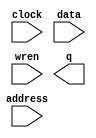
// This program was cloned from: https://github.com/ISKU/Autonomous-Drone-Design
// License: GNU General Public License v3.0

// megafunction wizard: %RAM: 1-PORT%VBB%
// GENERATION: STANDARD
// VERSION: WM1.0
// MODULE: altsyncram 

// ============================================================
// Megafunction Name(s):
// 			altsyncram
//
// Simulation Library Files(s):
// 			altera_mf
// ============================================================
// ************************************************************
// THIS IS A WIZARD-GENERATED FILE. DO NOT EDIT THIS FILE!
//
// 13.1.0 Build 162 10/23/2013 SJ Web Edition
// ************************************************************

//Copyright (C) 1991-2013 Altera Corporation
//Your use of Altera Corporation's design tools, logic functions 
//and other software and tools, and its AMPP partner logic 
//functions, and any output files from any of the foregoing 
//(including device programming or simulation files), and any 
//associated documentation or information are expressly subject 
//to the terms and conditions of the Altera Program License 
//Subscription Agreement, Altera MegaCore Function License 
//Agreement, or other applicable license agreement, including, 
//without limitation, that your use is for the sole purpose of 
//programming logic devices manufactured by Altera and sold by 
//Altera or its authorized distributors.  Please refer to the 
//applicable agreement for further details.

module ScoreMem (
	address,
	clock,
	data,
	wren,
	q);

	input	[14:0]  address;
	input	  clock;
	input	[7:0]  data;
	input	  wren;
	output	[7:0]  q;
`ifndef ALTERA_RESERVED_QIS
// synopsys translate_off
`endif
	tri1	  clock;
`ifndef ALTERA_RESERVED_QIS
// synopsys translate_on
`endif

endmodule

// ============================================================
// CNX file retrieval info
// ============================================================
// Retrieval info: PRIVATE: ADDRESSSTALL_A NUMERIC "0"
// Retrieval info: PRIVATE: AclrAddr NUMERIC "0"
// Retrieval info: PRIVATE: AclrByte NUMERIC "0"
// Retrieval info: PRIVATE: AclrData NUMERIC "0"
// Retrieval info: PRIVATE: AclrOutput NUMERIC "0"
// Retrieval info: PRIVATE: BYTE_ENABLE NUMERIC "0"
// Retrieval info: PRIVATE: BYTE_SIZE NUMERIC "8"
// Retrieval info: PRIVATE: BlankMemory NUMERIC "1"
// Retrieval info: PRIVATE: CLOCK_ENABLE_INPUT_A NUMERIC "0"
// Retrieval info: PRIVATE: CLOCK_ENABLE_OUTPUT_A NUMERIC "0"
// Retrieval info: PRIVATE: Clken NUMERIC "0"
// Retrieval info: PRIVATE: DataBusSeparated NUMERIC "1"
// Retrieval info: PRIVATE: IMPLEMENT_IN_LES NUMERIC "0"
// Retrieval info: PRIVATE: INIT_FILE_LAYOUT STRING "PORT_A"
// Retrieval info: PRIVATE: INIT_TO_SIM_X NUMERIC "0"
// Retrieval info: PRIVATE: INTENDED_DEVICE_FAMILY STRING "Cyclone IV E"
// Retrieval info: PRIVATE: JTAG_ENABLED NUMERIC "0"
// Retrieval info: PRIVATE: JTAG_ID STRING "NONE"
// Retrieval info: PRIVATE: MAXIMUM_DEPTH NUMERIC "0"
// Retrieval info: PRIVATE: MIFfilename STRING ""
// Retrieval info: PRIVATE: NUMWORDS_A NUMERIC "21600"
// Retrieval info: PRIVATE: RAM_BLOCK_TYPE NUMERIC "0"
// Retrieval info: PRIVATE: READ_DURING_WRITE_MODE_PORT_A NUMERIC "3"
// Retrieval info: PRIVATE: RegAddr NUMERIC "1"
// Retrieval info: PRIVATE: RegData NUMERIC "1"
// Retrieval info: PRIVATE: RegOutput NUMERIC "1"
// Retrieval info: PRIVATE: SYNTH_WRAPPER_GEN_POSTFIX STRING "0"
// Retrieval info: PRIVATE: SingleClock NUMERIC "1"
// Retrieval info: PRIVATE: UseDQRAM NUMERIC "1"
// Retrieval info: PRIVATE: WRCONTROL_ACLR_A NUMERIC "0"
// Retrieval info: PRIVATE: WidthAddr NUMERIC "15"
// Retrieval info: PRIVATE: WidthData NUMERIC "8"
// Retrieval info: PRIVATE: rden NUMERIC "0"
// Retrieval info: LIBRARY: altera_mf altera_mf.altera_mf_components.all
// Retrieval info: CONSTANT: CLOCK_ENABLE_INPUT_A STRING "BYPASS"
// Retrieval info: CONSTANT: CLOCK_ENABLE_OUTPUT_A STRING "BYPASS"
// Retrieval info: CONSTANT: INTENDED_DEVICE_FAMILY STRING "Cyclone IV E"
// Retrieval info: CONSTANT: LPM_HINT STRING "ENABLE_RUNTIME_MOD=NO"
// Retrieval info: CONSTANT: LPM_TYPE STRING "altsyncram"
// Retrieval info: CONSTANT: NUMWORDS_A NUMERIC "21600"
// Retrieval info: CONSTANT: OPERATION_MODE STRING "SINGLE_PORT"
// Retrieval info: CONSTANT: OUTDATA_ACLR_A STRING "NONE"
// Retrieval info: CONSTANT: OUTDATA_REG_A STRING "CLOCK0"
// Retrieval info: CONSTANT: POWER_UP_UNINITIALIZED STRING "FALSE"
// Retrieval info: CONSTANT: READ_DURING_WRITE_MODE_PORT_A STRING "NEW_DATA_NO_NBE_READ"
// Retrieval info: CONSTANT: WIDTHAD_A NUMERIC "15"
// Retrieval info: CONSTANT: WIDTH_A NUMERIC "8"
// Retrieval info: CONSTANT: WIDTH_BYTEENA_A NUMERIC "1"
// Retrieval info: USED_PORT: address 0 0 15 0 INPUT NODEFVAL "address[14..0]"
// Retrieval info: USED_PORT: clock 0 0 0 0 INPUT VCC "clock"
// Retrieval info: USED_PORT: data 0 0 8 0 INPUT NODEFVAL "data[7..0]"
// Retrieval info: USED_PORT: q 0 0 8 0 OUTPUT NODEFVAL "q[7..0]"
// Retrieval info: USED_PORT: wren 0 0 0 0 INPUT NODEFVAL "wren"
// Retrieval info: CONNECT: @address_a 0 0 15 0 address 0 0 15 0
// Retrieval info: CONNECT: @clock0 0 0 0 0 clock 0 0 0 0
// Retrieval info: CONNECT: @data_a 0 0 8 0 data 0 0 8 0
// Retrieval info: CONNECT: @wren_a 0 0 0 0 wren 0 0 0 0
// Retrieval info: CONNECT: q 0 0 8 0 @q_a 0 0 8 0
// Retrieval info: GEN_FILE: TYPE_NORMAL ScoreMem.v TRUE
// Retrieval info: GEN_FILE: TYPE_NORMAL ScoreMem.inc FALSE
// Retrieval info: GEN_FILE: TYPE_NORMAL ScoreMem.cmp FALSE
// Retrieval info: GEN_FILE: TYPE_NORMAL ScoreMem.bsf FALSE
// Retrieval info: GEN_FILE: TYPE_NORMAL ScoreMem_inst.v FALSE
// Retrieval info: GEN_FILE: TYPE_NORMAL ScoreMem_bb.v TRUE
// Retrieval info: LIB_FILE: altera_mf